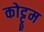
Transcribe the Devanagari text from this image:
कोट्टूम